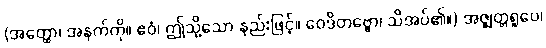
(အတ္ထော၊ အနက်ကို။ ဧဝံ၊ ဤသို့သော နည်းဖြင့်။ ဝေဒိတဗ္ဗော၊ သိအပ်၏။) အဇ္ဈတ္တရူပေ၊